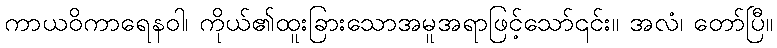
ကာယဝိကာရေနဝါ၊ ကိုယ်၏ထူးခြားသောအမူအရာဖြင့်သော်၎င်း။ အလံ၊ တော်ပြီ။